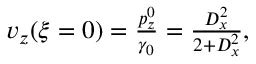
\begin{array} { r } { v _ { z } ( \xi = 0 ) = \frac { p _ { z } ^ { 0 } } { \gamma _ { 0 } } = \frac { D _ { x } ^ { 2 } } { 2 + D _ { x } ^ { 2 } } , } \end{array}